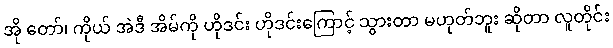
အို တော်၊ ကိုယ် အဲဒီ အိမ်ကို ဟိုဒင်း ဟိုဒင်းကြောင့် သွားတာ မဟုတ်ဘူး ဆိုတာ လူတိုင်း